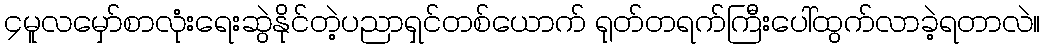
၄မူလမှော်စာလုံးရေးဆွဲနိုင်တဲ့ပညာရှင်တစ်ယောက် ရုတ်တရက်ကြီးပေါ်ထွက်လာခဲ့ရတာလဲ။